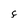
Character: F